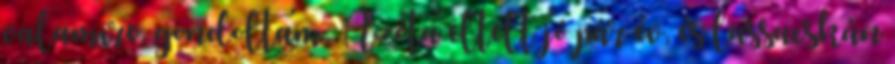
valamire, gondoltam. Azóta eltelt jó pár év, és lassacskán